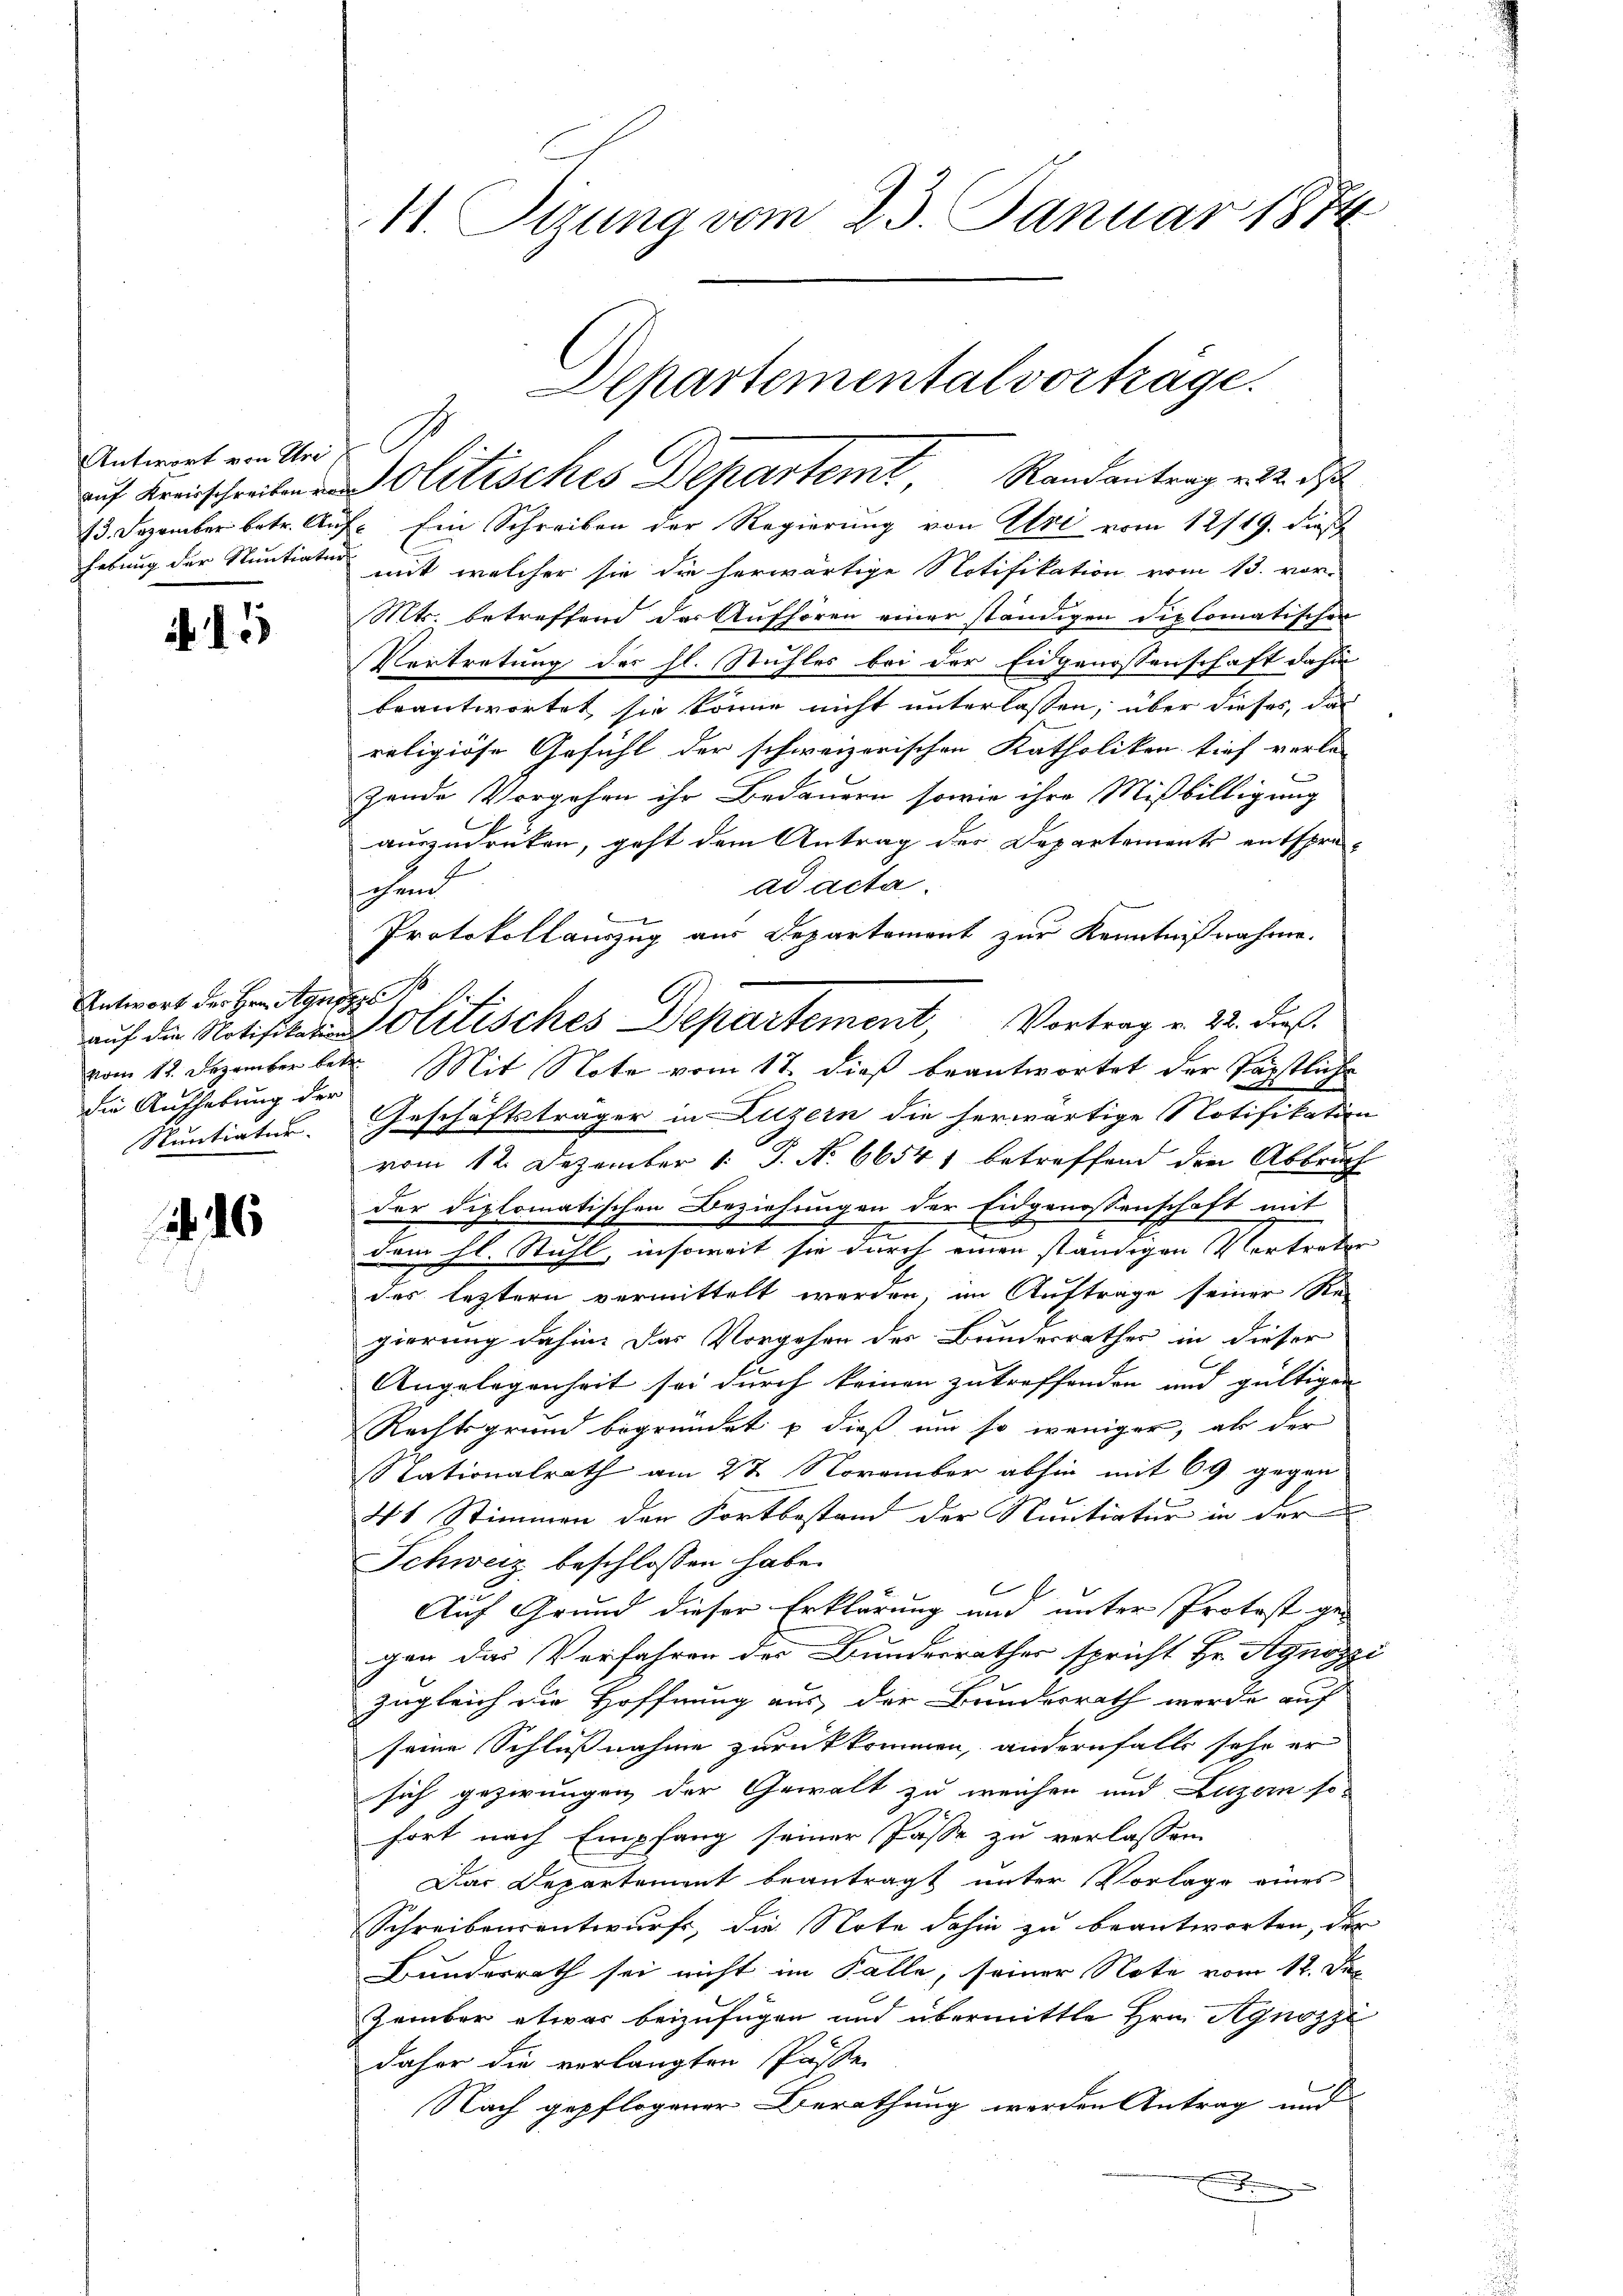
Antwort von Chris
hebung der Sentiatur

5

Antwort des Hrn. Agnes Pf
die Aufhebung der
Nuntiatur.

16

11. Sizung vom 23. Januar 1874

13. Dezember betr. Auf Ein Schreiben der Regierung von Uri vom 12/19. dieß
mit welcher sie die herwärtige Notifikation vom 13. vor-
Mts. betreffend der Aufhören einer ständigen diplomatischen
Vertretung der hl. Stuhles bei der Eidgenossenschaft dahin
beantwortet sie könne nicht unterlassen, über dieses, das
religiöse Gesicht der schweizerischen Katholiken tief verla-
zende Vorgehen ihr Bedauern sowie ihre Mißbilligung
auszudrüken, geht dem Antrag der Departements entspre-
ad acta.
chend
Protokollauszug aus Departement zur Kenntnißnahme.
vom 12. Dezember betr. Mit Note vom 17. dieß beantwortet der Täpstliche
Geschäftsträger in Luzern die herwärtige Notifikation
vom 12. Dezember 1. J. No. 66541 betreffend die Abbruch
der diplomatischen Beziehungen der Eidgenossenschaft mit
2
dem hl. Stuhl, insoweit sie durch einen ständigen Vertreter
des leztern vermittelt werden im Auftrage seiner Re-
gierung dahin. Das Vorgehen des Bundesrathes in dieser
Angelegenheit sei durch keinen zutreffenden und gültigen
Rechtsgrund begründet & dieß um so weniger, als der
Stationalrath am 2t November abhin mit 69 gegen
41 Stimmen der Fortbestand der Nuntiatur in der
Schweiz beschlossen habe.
1
Auf Grund dieser Erklärung und unter Protost ge-
ger das Verfahren der Bundesrathes spricht Hr. Agnoszi
zugleich die Hoffnung aus der Bundesrath werde auf
seine Schlußnahme zurückkommen, andernfalls sehr er
sich gezwungen der Gewalt zu weichen und Luzern so
fort nach Empfang seiner Pässe zu verlassen.
Das Departement beantragt unter Vorlage eines
Schreibensentwurfs, die Note dahin zu beantworten, der
Bundesrath sei nicht im Falle, seiner Note vom 12. Der
zember etwas beizufügen und übermittle Hrn. Agnozze
daher die verlangten Pässe
Nach gepflogener Berathung werden Antrag und
x

Departementalvorträge.
auf Kreisschreiben litisches Departemt Randantrag v. 2. d

aŭf die Notifikatorisches Departement, Vortrag v. 22. dieß.